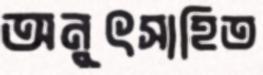
অনুৎসাহিত